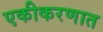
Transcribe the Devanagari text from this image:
एकीकरणात